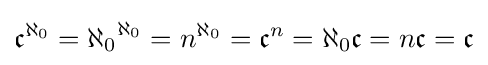
{\mathfrak {c}}^{\aleph _{0}}={\aleph _{0}}^{\aleph _{0}}=n^{\aleph _{0}}={\mathfrak {c}}^{n}=\aleph _{0}{\mathfrak {c}}=n{\mathfrak {c}}={\mathfrak {c}}